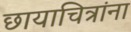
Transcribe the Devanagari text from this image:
छायाचित्रांना